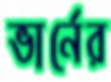
ভার্নের